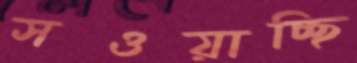
সওয়াচ্ছি